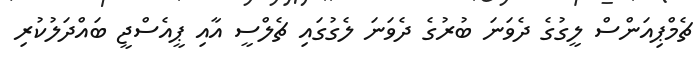
ޗެމްޕިއަންސް ލީގުގެ ދެވަނަ ބުރުގެ ދެވަނަ ލެގުގައި ޗެލްސީ އާއި ޕީއެސްޖީ ބައްދަލުކުރި